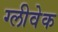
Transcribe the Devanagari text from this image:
ग्लीवेक